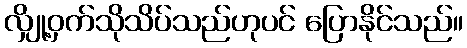
လျှို့ဝှက်သိုသိပ်သည်ဟုပင် ပြောနိုင်သည်။